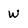
Character: w